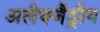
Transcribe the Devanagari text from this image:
अलैक्जैंड्रीय